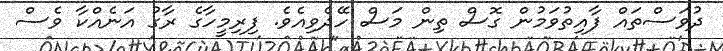
ދުވަސްތައް ފާއިތުވަމުން ގޮސް ތިން މަސް ހޭދެވިއެވެ. ފިރިމީހާގެ ރާގު އަނެއްކާ ވެސް